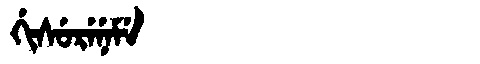
Manchu: ᡤᡳᠰᡠᡵᡝᠨᡝᠮᡝ
Romanization: GISURENEME